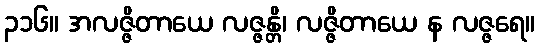
၃၁၆။ အလဇ္ဇိတာယေ လဇ္ဇန္တိ၊ လဇ္ဇိတာယေ န လဇ္ဇရေ။